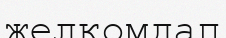
желқомдап